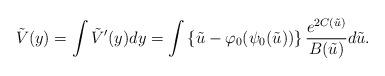
LaTeX: \begin{align*} \tilde{V}(y) = \int \tilde{V}'(y)dy = \int\left\{ \tilde{u} - \varphi_{0}(\psi_{0}(\tilde{u})) \right\}\frac{e^{2C(\tilde{u})}}{B(\tilde{u})}d\tilde{u}. \end{align*}